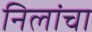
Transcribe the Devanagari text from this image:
निलांचा